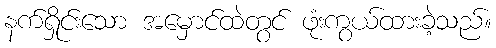
နက်ရှိုင်းသော အမှောင်ထဲတွင် ဖုံးကွယ်ထားခဲ့သည်။